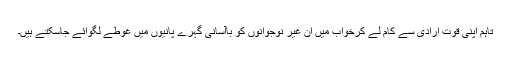
تاہم اپنی قوت ارادی سے کام لے کرخواب میں اِن غیر نوجوانوں کو باآسانی گہرے پانیوں میں غوطے لگوائے جاسکتے ہیں۔